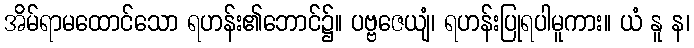
အိမ်ရာမထောင်သော ရဟန်း၏ဘောင်၌။ ပဗ္ဗဇေယျံ၊ ရဟန်းပြုရပါမူကား။ ယံ နူ န၊